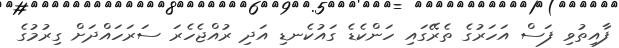
ފާއިތުވި ފަސް އަހަރުގެ ތެރޭގައި ހަންކެޑެ ގައުކެނޑި އަދި ރުއްޖެހެރަ ސަރަހައްދަށް ގިރުމުގެ